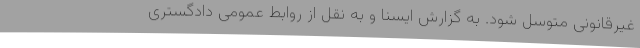
غیرقانونی متوسل شود. به گزارش ایسنا و به نقل از روابط عمومی دادگستری